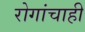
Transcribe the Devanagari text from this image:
रोगांचाही